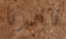
قائدنا